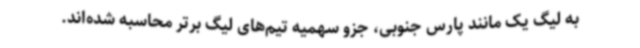
به لیگ یک مانند پارس جنوبی، جزو سهمیه تیم‌های لیگ برتر محاسبه شده‌اند.